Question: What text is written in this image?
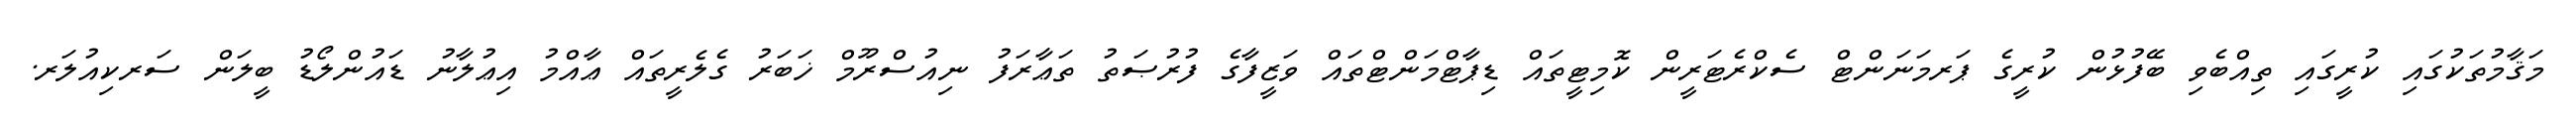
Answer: މަޤާމުތަކުގައި ކުރީގައި ތިއްބެވި ބޭފުޅުން ކުރީގެ ޕަރމަނަންޓް ސެކްރެޓަރީން ކޮމިޓީތައް ޑިޕާޓްމަންޓްތައް ވަޒީފާގެ ފުރުޞަތު ތަޢާރަފު ނިއުސްރޫމް ޚަބަރު ގެލެރީތައް ޢާއްމު އިޢުލާނު ޑައުންލޯޑު ބީލަން ސަރކިއުލަރ.